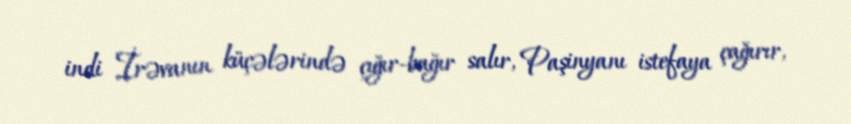
indi İrəvanın küçələrində çığır-bağır salır, Paşinyanı istefaya çağırır,